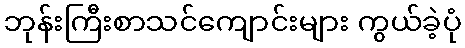
ဘုန်းကြီးစာသင်ကျောင်းများ ကွယ်ခဲ့ပုံ